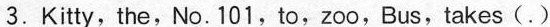
3.Kitty,the,No. 101,to,zoo,Bus,takes(.)